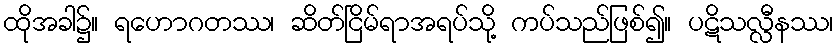
ထိုအခါ၌။ ရဟောဂတဿ၊ ဆိတ်ငြိမ်ရာအရပ်သို့ ကပ်သည်ဖြစ်၍။ ပဋိသလ္လီနဿ၊